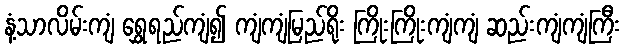
နံ့သာလိမ်းကျံ ရွှေရည်ကျံ၍ ကျံကျံမြည်ရိုး ကြိုးကြိုးကျံကျံ ဆည်းကျံကျံကြီး